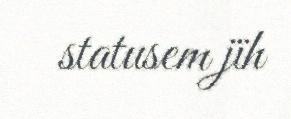
statusem jïh